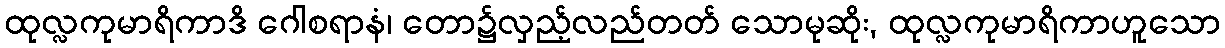
ထုလ္လကုမာရိကာဒိ ဂေါစရာနံ၊ တော၌လှည့်လည်တတ် သောမုဆိုး, ထုလ္လကုမာရိကာဟူသော